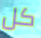
كل